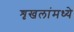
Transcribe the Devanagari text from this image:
शृखलांमध्ये